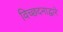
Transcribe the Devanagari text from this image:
विच्छदनाद्वारे